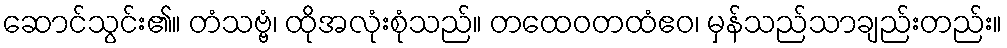
ဆောင်သွင်း၏။ တံသဗ္ဗံ၊ ထိုအလုံးစုံသည်။ တထေဝတထံဧဝ၊ မှန်သည်သာချည်းတည်း။